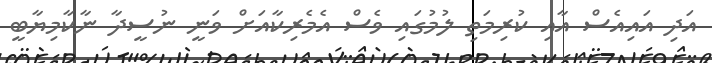
އަދި އައިއެސް އާއި ކުރިމަތި ލުމުގައި ވެސް އެމެރިކާއަށް ވަނީ ނުސީދާ ނާކާމިޔާބީ